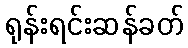
ရုန်းရင်းဆန်ခတ်